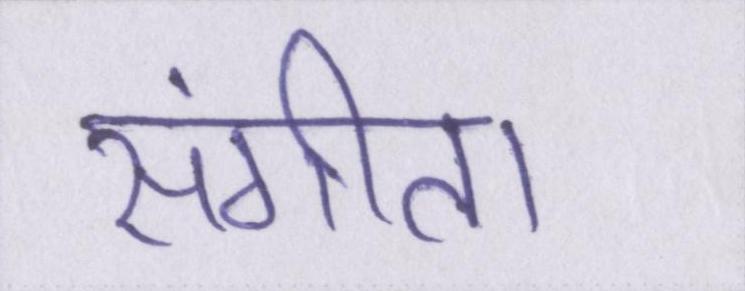
संगीता